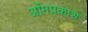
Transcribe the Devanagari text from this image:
ओंमप्रकाश